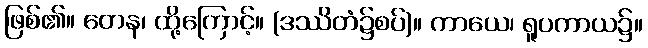
ဖြစ်၏။ တေန၊ ထို့ကြောင့်။ (ဒဿိတံ၌စပ်)။ ကာယေ၊ ရူပကာယ၌။